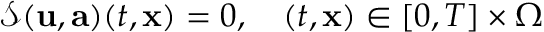
\mathcal { S } ( \mathbf { u } , \mathbf { a } ) ( t , \mathbf { x } ) = 0 , \quad ( t , \mathbf { x } ) \in [ 0 , T ] \times \Omega